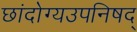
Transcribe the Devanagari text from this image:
छांदोग्यउपनिषद्